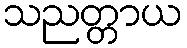
သညတ္တာယ